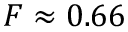
F \approx 0 . 6 6